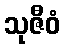
သုဇီဝံ